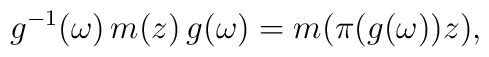
g^{-1}(\omega )\,m(z)\,g(\omega )=m(\pi (g(\omega ))z),